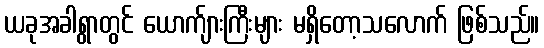
ယခုအခါရွာတွင် ယောက်ျားကြီးများ မရှိတော့သလောက် ဖြစ်သည်။